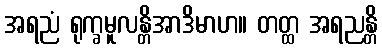
အရညံ ရုက္ခမူလန္တိအာဒိမာဟ။ တတ္ထ အရညန္တိ